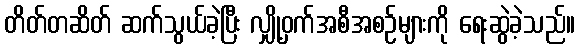
တိတ်တဆိတ် ဆက်သွယ်ခဲ့ပြီး လျှို့ဝှက်အစီအစဉ်များကို ရေးဆွဲခဲ့သည်။